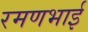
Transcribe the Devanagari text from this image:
रमणभाई